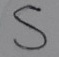
Text: S